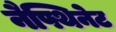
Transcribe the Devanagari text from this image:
नैफ्थिनेट